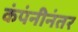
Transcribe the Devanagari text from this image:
कंपंनीनंतर